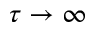
\tau \rightarrow \infty